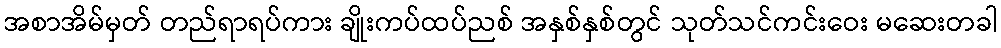
အစာအိမ်မှတ် တည်ရာရပ်ကား ချိုးကပ်ထပ်ညစ် အနှစ်နှစ်တွင် သုတ်သင်ကင်းဝေး မဆေးတခါ